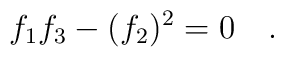
f_1 f_3 - (f_2)^{2}=0\quad.